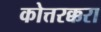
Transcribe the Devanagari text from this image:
कोत्तरक्करा